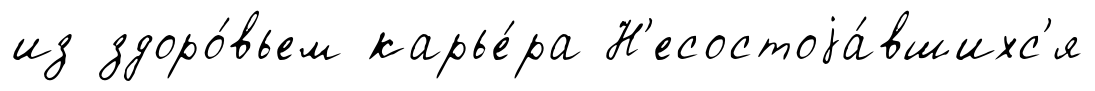
из здоро́вьем карье́ра Н'есостоjа́вшихс'я